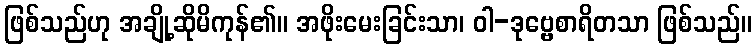
ဖြစ်သည်ဟု အချို့ဆိုမိကုန်၏။ အဖိုးမေးခြင်းသာ၊ ဝါ-ဒုဗ္ဗေစာရိတသာ ဖြစ်သည်။